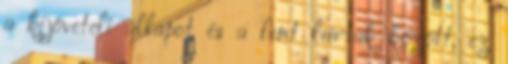
a kijöveteli állapot és a fent leírtak között, ez